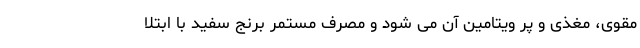
مقوی، مغذی و پر ویتامین آن می شود و مصرف مستمر برنج سفید با ابتلا